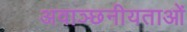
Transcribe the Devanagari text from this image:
अवाञ्छनीयताओं